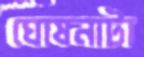
ঘোষনাটা